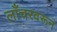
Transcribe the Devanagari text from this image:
लाँचरवरून